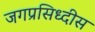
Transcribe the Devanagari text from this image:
जगप्रसिध्दीस